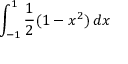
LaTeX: \displaystyle \int _ { - 1 } ^ { 1 } { \frac { 1 } { 2 } } ( 1 - x ^ { 2 } ) \, d x